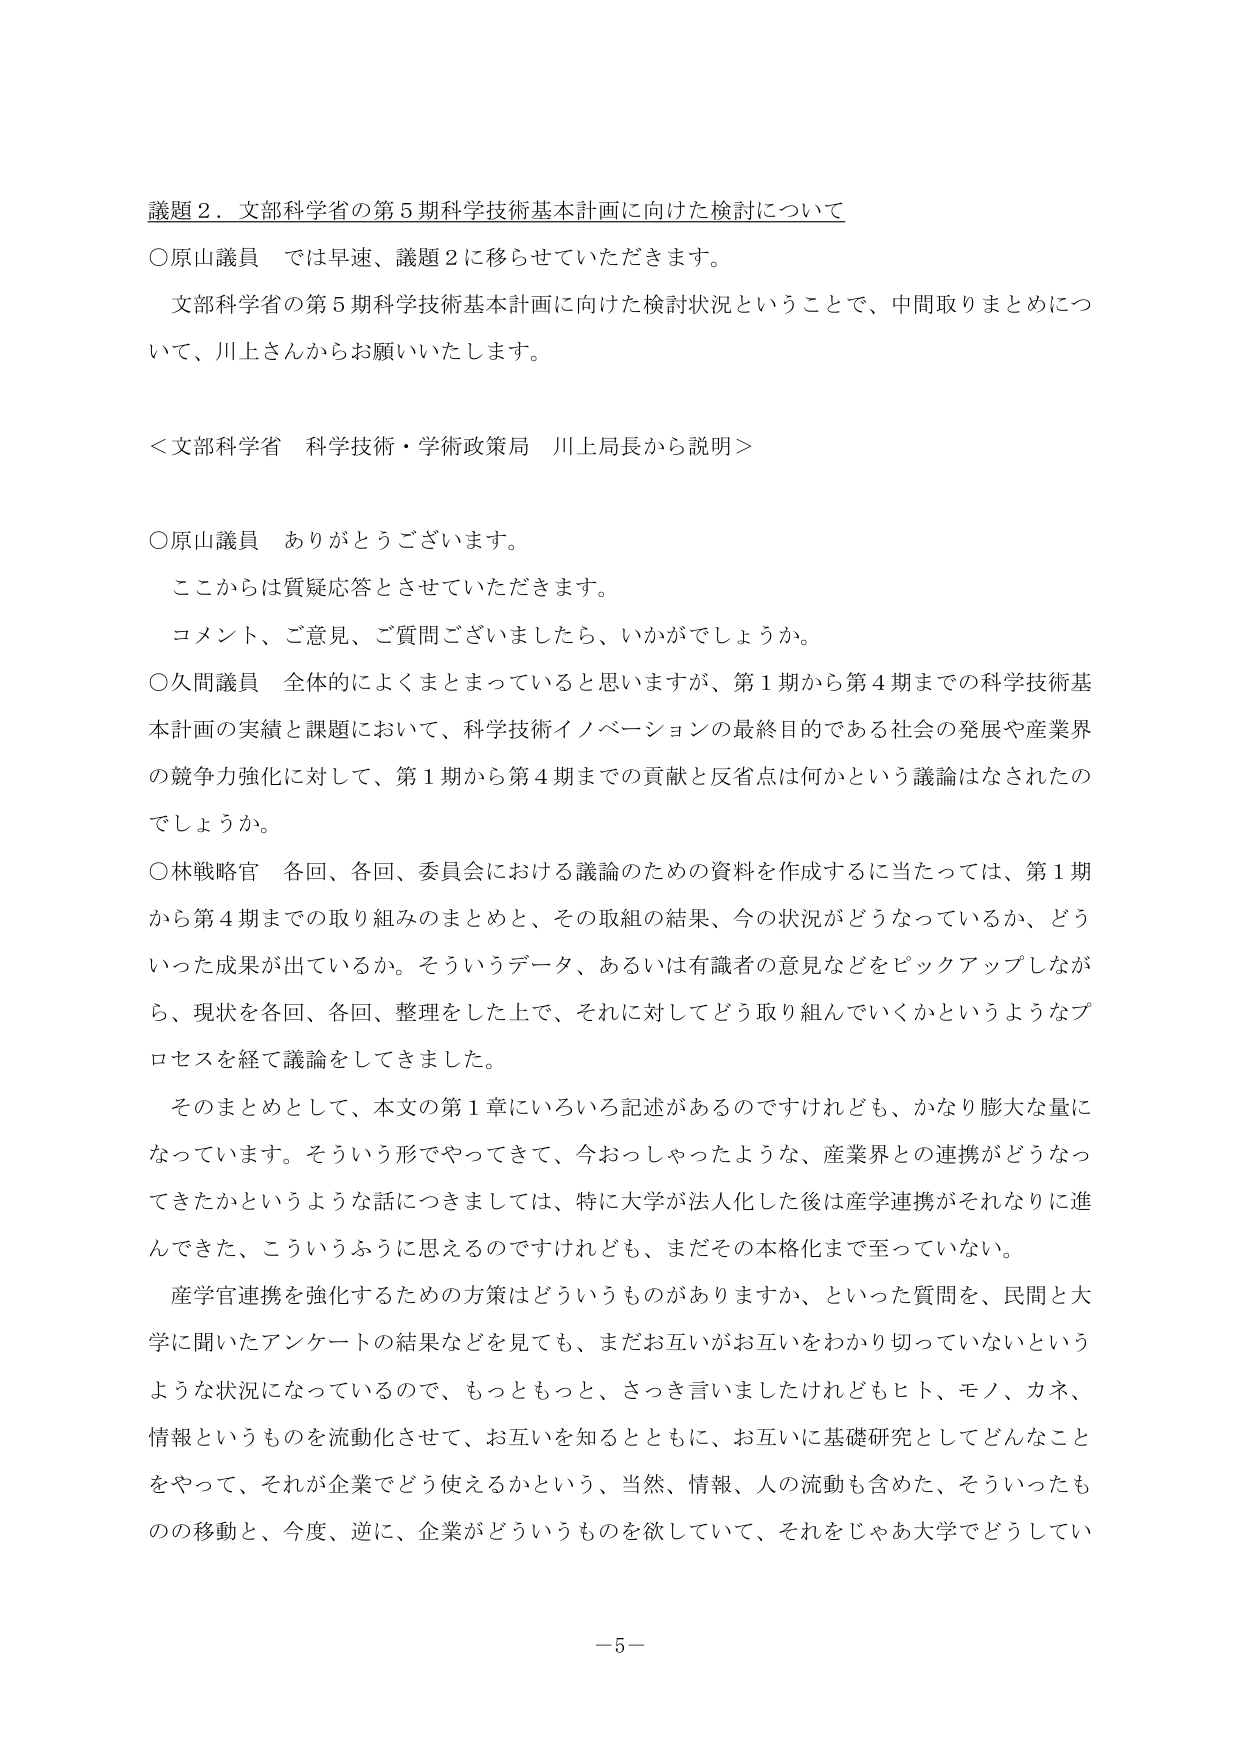
議題２．文部科学省の第５期科学技術基本計画に向けた検討について
○原山議員　では早速、議題２に移らせていただきます。
　文部科学省の第５期科学技術基本計画に向けた検討状況ということで、中間取りまとめについて、川上さんからお願いいたします。

＜文部科学省　科学技術・学術政策局　川上局長から説明＞

○原山議員　ありがとうございます。
　ここからは質疑応答とさせていただきます。
　コメント、ご意見、ご質問ございましたら、いかがでしょうか。

○久間議員　全体的によくまとまっていると思いますが、第１期から第４期までの科学技術基本計画の実績と課題において、科学技術イノベーションの最終目的である社会の発展や産業界の競争力強化に対して、第１期から第４期までの貢献と反省点は何かという議論はなされたのでしょうか。

○林戦略官　各回、各回、委員会における議論のための資料を作成するに当たっては、第１期から第４期までの取り組みのまとめと、その取組の結果、今の状況がどうなっているか、どういった成果が出ているか。そういうデータ、あるいは有識者の意見などをピックアップしながら、現状を各回、各回、整理をした上で、それに対してどう取り組んでいくかというようなプロセスを経て議論をしてきました。

　そのまとめとして、本文の第１章にいろいろ記述があるのですけれども、かなり膨大な量になっています。そういう形でやってきて、今おっしゃったような、産業界との連携がどうなってきたかというような話につきましては、特に大学が法人化した後は産学連携がそれなりに進んできた、こういうふうに思えるのですけれども、まだその本格化まで至っていない。

　産学官連携を強化するための方策はどういうものがありますか、といった質問を、民間と大学に聞いたアンケートの結果などを見ても、まだお互いがお互いをわかり切っていないというような状況になっているので、もっともっと、さっき言いましたけれどもヒト、モノ、カネ、情報というものを流動化させて、お互いを知るとともに、お互いに基礎研究としてどんなことをやって、それが企業でどう使えるかという、当然、情報、人の流動も含めた、そういったものの移動と、今度、逆に、企業がどういうものを欲していて、それをじゃあ大学でどうしてい

－５－